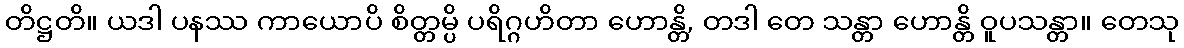
တိဋ္ဌတိ။ ယဒါ ပနဿ ကာယောပိ စိတ္တမ္ပိ ပရိဂ္ဂဟိတာ ဟောန္တိ, တဒါ တေ သန္တာ ဟောန္တိ ဝူပသန္တာ။ တေသု